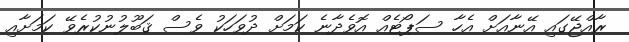
ރާއްޖޭގައި އޭނާއަށް އެހާ ސަޕޯޓެއް އޮވެދާނެ ކަމަށް ދުވަހަކު ވެސް ޤަބޫލުނުކުރެވޭ ކަމަށާއި